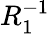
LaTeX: R_{1}^{-1}